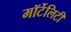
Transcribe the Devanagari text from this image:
मॉर्टेलिटी